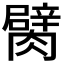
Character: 𦡜